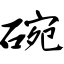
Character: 碗